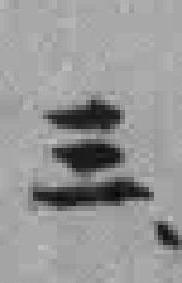
三